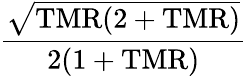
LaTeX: \mathrm{\frac{\sqrt{TMR(2+TMR)}}{2(1+TMR)}}